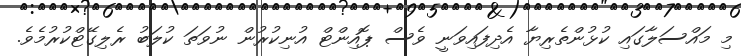
މި މައްސަލާގައި ކުޅުންތެރިޔާ އެދިފައިވަނީ ވެސް ޕޮއިންޓް އުނިކުރުން ނުވަތަ ކުލަބު ރެލިގޭޓްކުރުމެވެ.